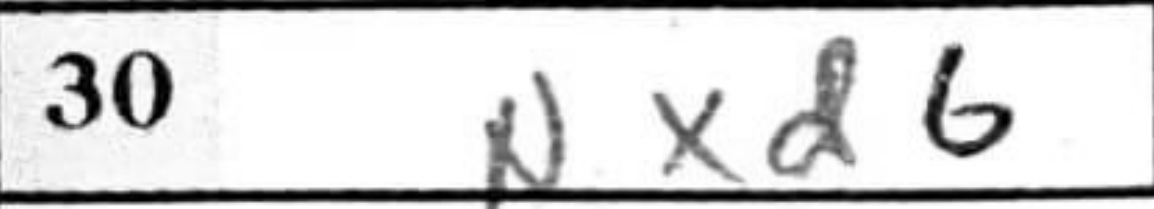
Transcription: Nxd6